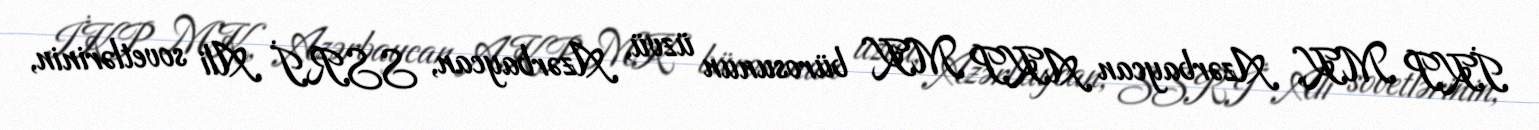
İKP MK, Azərbaycan AKP MK bürosunun üzvü, Azərbaycan, SSRİ Ali sovetlərinin,